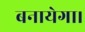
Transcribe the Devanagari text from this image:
बनायेगा।